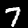
Digit: 7